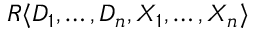
R \langle D _ { 1 } , \ldots , D _ { n } , X _ { 1 } , \ldots , X _ { n } \rangle